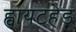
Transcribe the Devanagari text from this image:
ह्वायटहेड